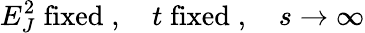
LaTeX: E_{J}^{2}\; \mathrm{fixed}\; ,\quad t\; \mathrm{fixed}\; ,\quad s\to\infty